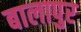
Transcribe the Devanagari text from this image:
बालापुर